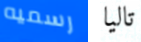
رسميه تاليا